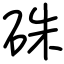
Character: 硃